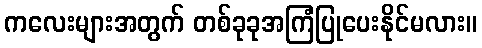
ကလေးများအတွက် တစ်ခုခုအကြံပြုပေးနိုင်မလား။